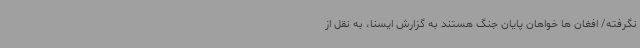
نگرفته/ افغان ها خواهان پایان جنگ هستند به گزارش ایسنا، به نقل از